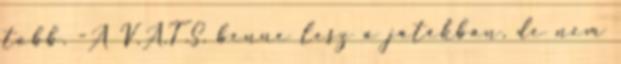
több. -A V.A.T.S. benne lesz a játékban, de nem